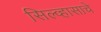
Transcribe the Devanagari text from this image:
सिल्व्हासाचे